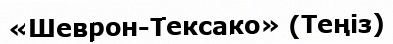
«Шеврон-Тексако» (Теңіз)